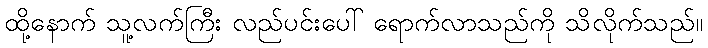
ထို့နောက် သူ့လက်ကြီး လည်ပင်းပေါ် ရောက်လာသည်ကို သိလိုက်သည်။